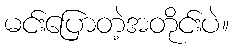
မင်းပြောတဲ့အတိုင်းပဲ။